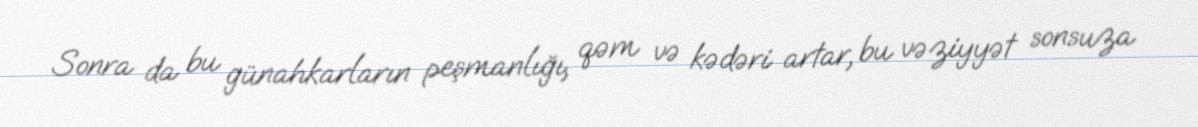
Sonra da bu günahkarların peşmanlığı, qəm və kədəri artar, bu vəziyyət sonsuza